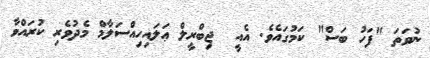
ނުވަތަ "ފަހު ބަސް" ކަމުގައެވެ. އެއީ  ޖިބްރީލް ޢަލައިހިއްސަލާމް މެދުވެރި ކުރައްވާ